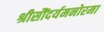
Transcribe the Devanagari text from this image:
श्रीसौंदर्यमनोरमा